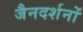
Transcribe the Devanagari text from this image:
जैनदर्शनों